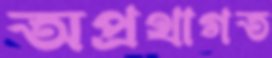
অপ্রথাগত